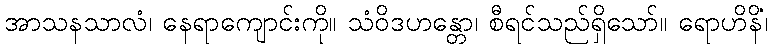
အာသနသာလံ၊ နေရာကျောင်းကို။ သံဝိဒဟန္တော၊ စီရင်သည်ရှိသော်။ ရောဟိနိံ၊